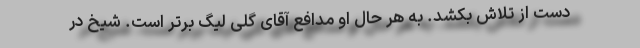
دست از تلاش بکشد. به هر حال او مدافع آقای گلی لیگ برتر است. شیخ در